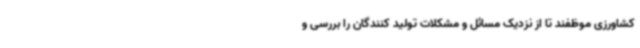
کشاورزی موظفند تا از نزدیک مسائل و مشکلات تولید کنندگان را بررسی و